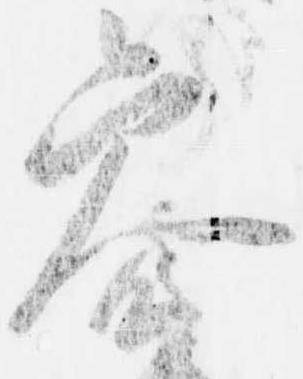
参